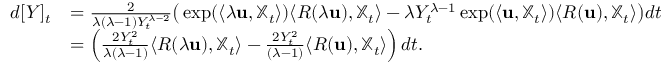
\begin{array} { r l } { d [ Y ] _ { t } } & { = \frac 2 { \lambda ( \lambda - 1 ) Y _ { t } ^ { \lambda - 2 } } \big ( \exp ( \langle \lambda { \bf u } , { \mathbb X } _ { t } \rangle ) \langle R ( \lambda { \bf u } ) , { \mathbb X } _ { t } \rangle - \lambda Y _ { t } ^ { \lambda - 1 } \exp ( \langle { \bf u } , { \mathbb X } _ { t } \rangle ) \langle R ( { \bf u } ) , { \mathbb X } _ { t } \rangle \big ) d t } \\ & { = \left( \frac { 2 Y _ { t } ^ { 2 } } { \lambda ( \lambda - 1 ) } \langle R ( \lambda { \bf u } ) , { \mathbb X } _ { t } \rangle - \frac { 2 Y _ { t } ^ { 2 } } { ( \lambda - 1 ) } \langle R ( { \bf u } ) , { \mathbb X } _ { t } \rangle \right) d t . } \end{array}